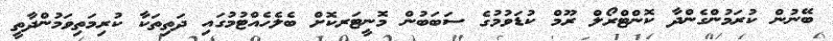
ބޭނުން ކުރަމުންގެންދާ ކޮންޓްރޯލް ރޫމް ކުޑަވުމުގެ ސަބަބުން މޮނީޓަރކޮށް ބެލެހެއްޓުމުގައި ދަތިތަކާ ކުރިމަތިވަމުންދާތީ